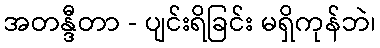
အတန္ဒီတာ - ပျင်းရိခြင်း မရှိကုန်ဘဲ၊